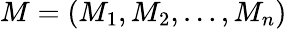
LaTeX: M=(M_{1},M_{2},\ldots,M_{n})